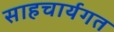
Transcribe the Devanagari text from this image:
साहचार्यगत